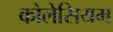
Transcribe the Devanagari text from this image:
कोलेसियम